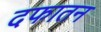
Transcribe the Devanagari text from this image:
दफातन